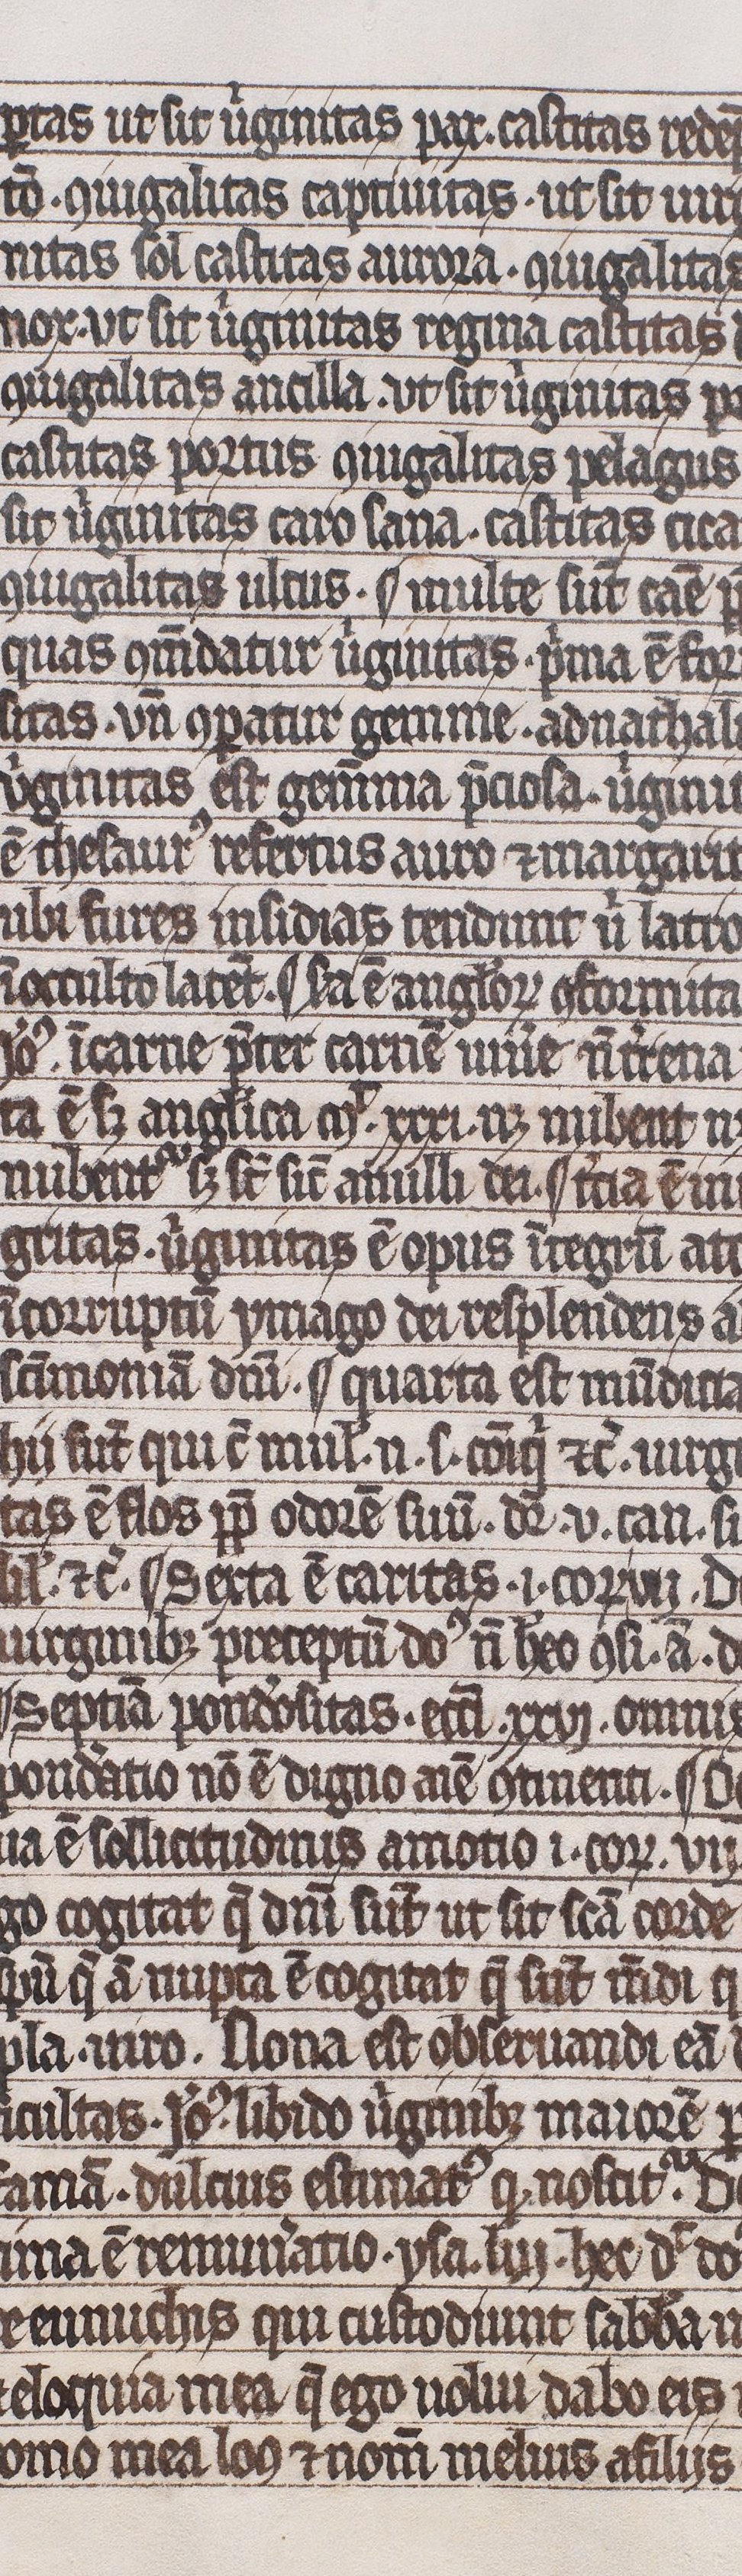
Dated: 1300–1399